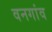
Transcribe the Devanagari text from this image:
वनगांव